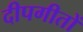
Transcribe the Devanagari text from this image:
दीपगीतों